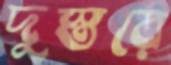
দুস্তরে